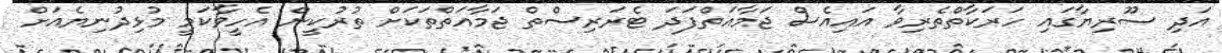
އަދި ސޫރިޔާގައި ހަރަކާތްތެރިވާ އައިއެސް ޖަމާއަތްފަދަ ޓެރަރިސްތް ޖަމާއަތްތަކަށް ތުރުކީން އެހީވާކަމީ މުޅިދުނިޔެއަށް